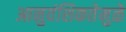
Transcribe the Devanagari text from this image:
आनुवंशिकतेमुळे